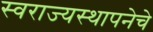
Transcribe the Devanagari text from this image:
स्वराज्यस्थापनेचे